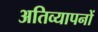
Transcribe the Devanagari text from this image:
अतिव्यापनों